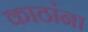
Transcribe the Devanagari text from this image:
काठांना